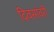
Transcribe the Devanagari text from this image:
दिवसांवरी